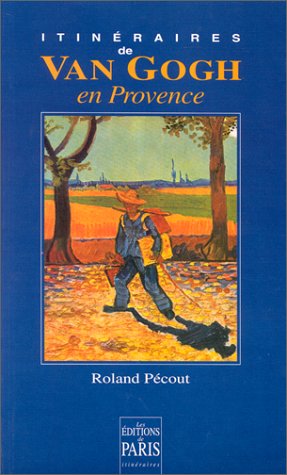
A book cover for Itineraires de Van Gogh en Provence (French Edition); Roland Pecout; Travel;